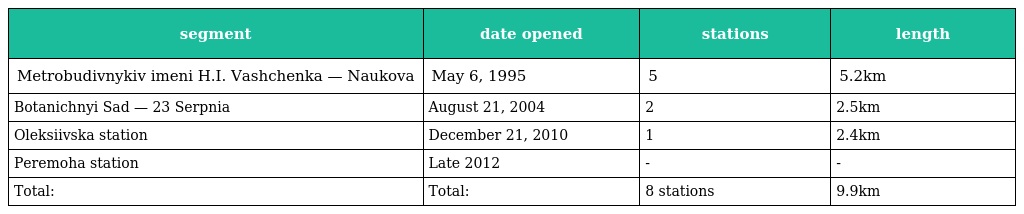
| segment | date opened | stations | length |
 | --- | --- | --- | --- |
 | Metrobudivnykiv imeni H.I. Vashchenka — Naukova | May 6, 1995 | 5 | 5.2km |
 | Botanichnyi Sad — 23 Serpnia | August 21, 2004 | 2 | 2.5km |
 | Oleksiivska station | December 21, 2010 | 1 | 2.4km |
 | Peremoha station | Late 2012 | - | - |
 | Total: | Total: | 8 stations | 9.9km |